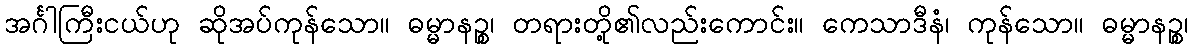
အင်္ဂါကြီးငယ်ဟု ဆိုအပ်ကုန်သော။ ဓမ္မာနဉ္စ၊ တရားတို့၏လည်းကောင်း။ ကေသာဒီနံ၊ ကုန်သော။ ဓမ္မာနဉ္စ၊